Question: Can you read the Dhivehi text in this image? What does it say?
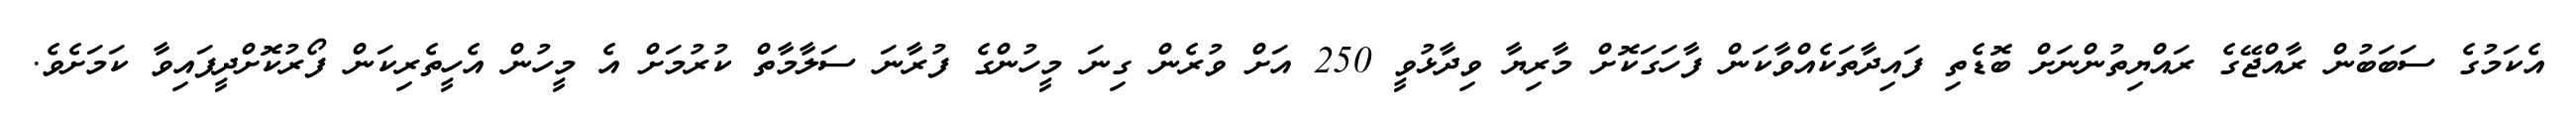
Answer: އެކަމުގެ ސަބަބުން ރާއްޖޭގެ ރައްޔިތުންނަށް ބޮޑެތި ފައިދާތަކެއްވާކަން ފާހަގަކޮށް މާރިޔާ ވިދާޅުވީ 250 އަށް ވުރެން ގިނަ މީހުންގެ ފުރާނަ ސަލާމާތް ކުރުމަށް އެ މީހުން އެހީތެރިކަން ފޯރުކޮށްދީފައިވާ ކަމަށެވެ.